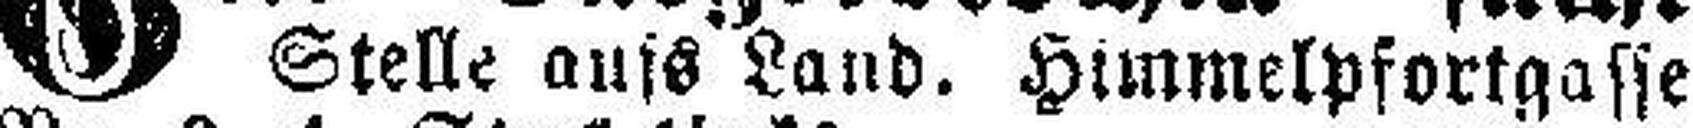
Stelle aufs Land. Himmelpfortgasse